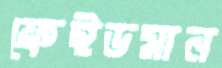
ফ্রেইডমান